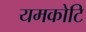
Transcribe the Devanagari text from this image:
यमकोटि